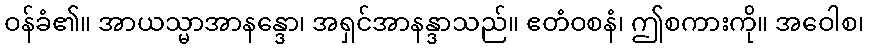
ဝန်ခံ၏။ အာယသ္မာအာနန္ဒော၊ အရှင်အာနန္ဒာသည်။ ဧတံဝစနံ၊ ဤစကားကို။ အဝေါစ၊